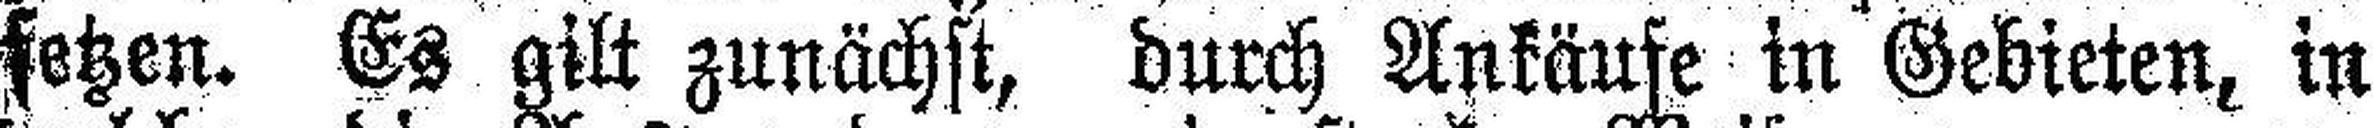
setzen. Es gilt zunächst, durch Ankäufe in Gebieten, in